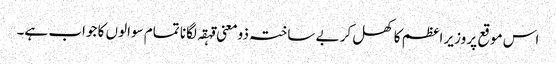
اس موقع پر وزیر اعظم کا کھل کر بے ساختہ ذومعنی قہقہ لگانا تمام سوالوں کا جواب ہے۔